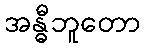
အန္ဓီဘူတော